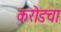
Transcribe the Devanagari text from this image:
करोडचा